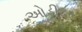
ઓડીટર